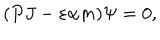
LaTeX: ( P J - \varepsilon \alpha m ) \Psi = 0 ,